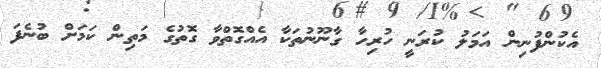
އެކުންފުނިން އަމަލު ކުރަނީ ހުރިހާ ގާނޫނުތަކާ އެއްގޮތްވާ ގޮތުގެ މަތިން ކަމަށް ބުނެފަ